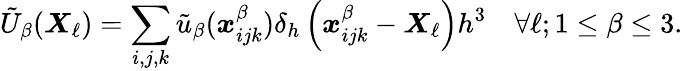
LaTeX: \tilde{U}_{\beta}(\boldsymbol{X}_{\ell})=\sum_{i,j,k}\tilde{u}_{\beta}(\boldsymbol{x}_{ijk}^{\beta})\delta_{h}\left(\boldsymbol{x}_{ijk}^{\beta}-\boldsymbol{X}_{\ell}\right)h^{3}\quad\forall\ell;1\leq\beta\leq 3.